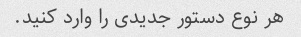
هر نوع دستور جدیدی را وارد کنید.